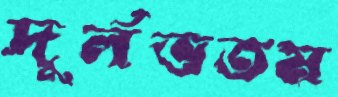
দুর্লভতম